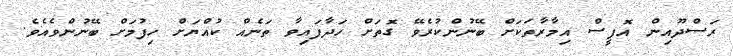
ރަސްދޫއިން އޮފީސް އިމާރާތަކަށް ބޭނުންކުރެވޭ ގޮތަށް ހަދާފައިވާ ތަނެއް ކުއްޔަށް ހިފުމަށް ބޭނުންވެއެވެ.